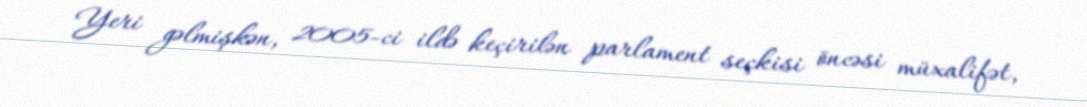
Yeri gəlmişkən, 2005-ci ildə keçirilən parlament seçkisi öncəsi müxalifət,